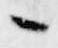
々